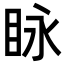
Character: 眿